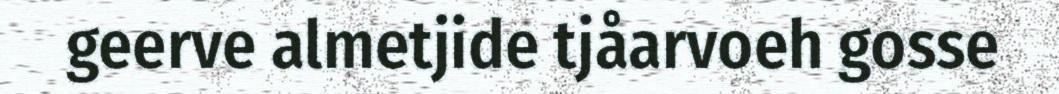
geerve almetjide tjåarvoeh gosse